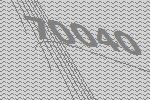
70040